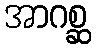
အာဂစ္ဆ